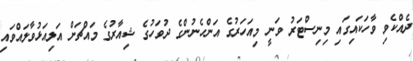
ދެއްކެވި ވާހަކައިގައި މިނިސްޓަރު ވަނީ މިއަހަރުގެ އަންހެނުންގެ ދުވަހުގެ ޝިއާރުގެ މައްޗަށް އަލިއަޅުވާލައްވައި